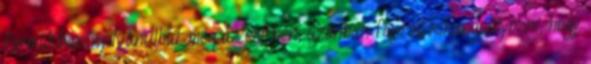
formákban nyilvánulhat meg az életben, azonban fontos kihangsúlyozni, hogy